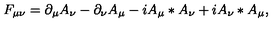
F _ { \mu \nu } = \partial _ { \mu } A _ { \nu } - \partial _ { \nu } A _ { \mu } - i A _ { \mu } \ast A _ { \nu } + i A _ { \nu } \ast A _ { \mu } ,